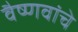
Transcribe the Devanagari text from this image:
वैष्णवांचे